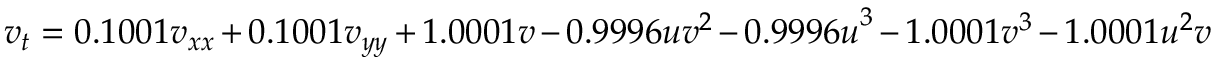
v _ { t } = 0 . 1 0 0 1 v _ { x x } + 0 . 1 0 0 1 v _ { y y } + 1 . 0 0 0 1 v - 0 . 9 9 9 6 u v ^ { 2 } - { 0 . 9 9 9 6 u } ^ { 3 } - 1 . 0 0 0 1 v ^ { 3 } - 1 . 0 0 0 1 u ^ { 2 } v